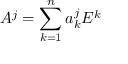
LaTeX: A ^ { j } = \sum _ { k = 1 } ^ { n } a _ { k } ^ { j } E ^ { k }